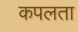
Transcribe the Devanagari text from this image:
कपलता